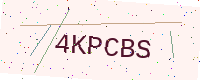
Text: 4KPCBS